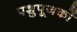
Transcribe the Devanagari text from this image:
पशुपूजकों